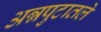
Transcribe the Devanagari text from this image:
अन्नपुटातले